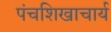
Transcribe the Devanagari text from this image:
पंचशिखाचार्य